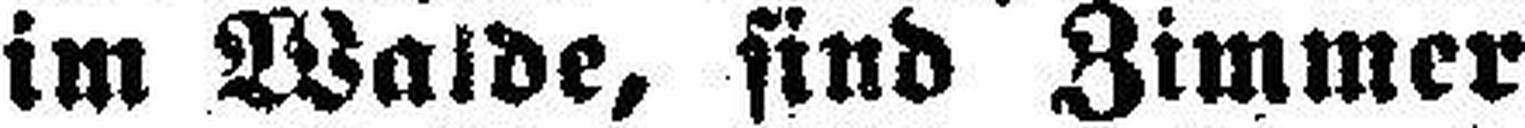
im Walde, sind Zimmer